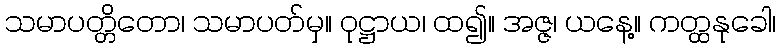
သမာပတ္တိတော၊ သမာပတ်မှ။ ဝုဋ္ဌာယ၊ ထ၍။ အဇ္ဇ၊ ယနေ့။ ကတ္ထနုခေါ၊